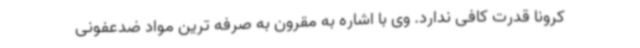
کرونا قدرت کافی ندارد. وی با اشاره به مقرون به صرفه ترین مواد ضدعفونی